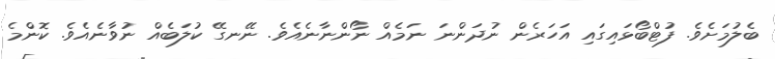
ބެލުމަށެވެ. ފުޓްބޯޅައިގައި އަހަރެން ނުދަންނަ ނަމެއް ނޯންނާނެއެވެ. ނޭނގޭ ކުލަބެއް ނުވާނެއެވެ. ކޮންމެ